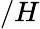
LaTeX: /H